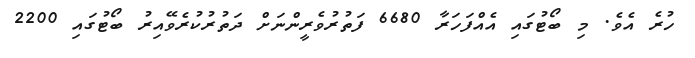
ހުރެ އެވެ. މި ބޯޓުގައި އެއްފަހަރާ 6680 ފަތުރުވެރީންނަށް ދަތުރުކުރެވޭއިރު ބޯޓުގައި 2200